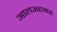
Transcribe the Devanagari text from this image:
आलअहमर